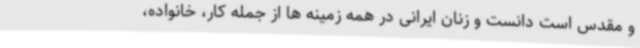
و مقدس است دانست و زنان ایرانی در همه زمینه ها از جمله کار، خانواده،